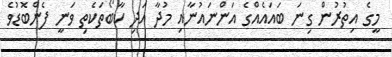
މީގެ އިތުރުން ގިނަ ބައައެއްގެ އަންނައުނާއި މުދާ އަދި ކާބޯތަކެތި ވަނީ ފެންބޮޑުވެ